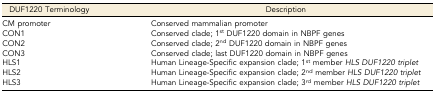
| DUF1220 Terminology | Description |
 | --- | --- |
 | CM promoter | Conserved mammalian promoter |
 | CON1 | Conserved clade; 1st DUF1220 domain in NBPF genes |
 | CON2 | Conserved clade; 2nd DUF1220 domain in NBPF genes |
 | CON3 | Conserved clade; last DUF1220 domain in NBPF genes |
 | HLS1 | Human Lineage-Specific expansion clade; 1st member HLS DUF1220 triplet |
 | HLS2 | Human Lineage-Specific expansion clade; 2nd member HLS DUF1220 triplet |
 | HLS3 | Human Lineage-Specific expansion clade; 3rd member HLS DUF1220 triplet |